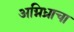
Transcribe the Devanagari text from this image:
अग्निध्राचा